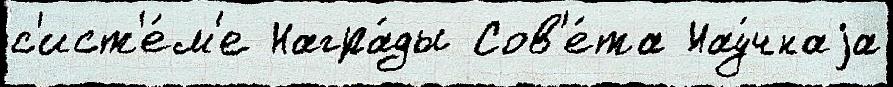
с'ист'е́м'е Награ́ды Сов'е́та Нау́чнаjа